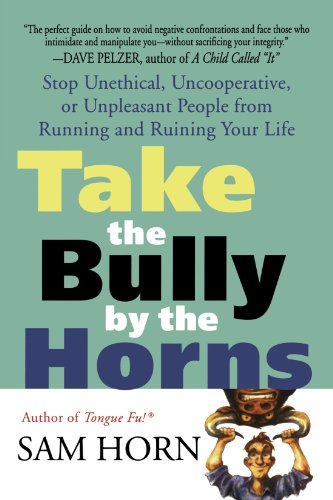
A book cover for Take the Bully by the Horns: Stop Unethical, Uncooperative, or Unpleasant People from Running and Ruining Your Life; Sam Horn; Business & Money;